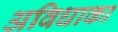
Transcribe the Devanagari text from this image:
अविधाका